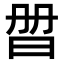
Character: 𣆑